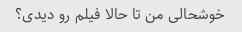
خوشحالی من تا حالا فیلم رو دیدی؟